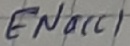
Text: ENacc1